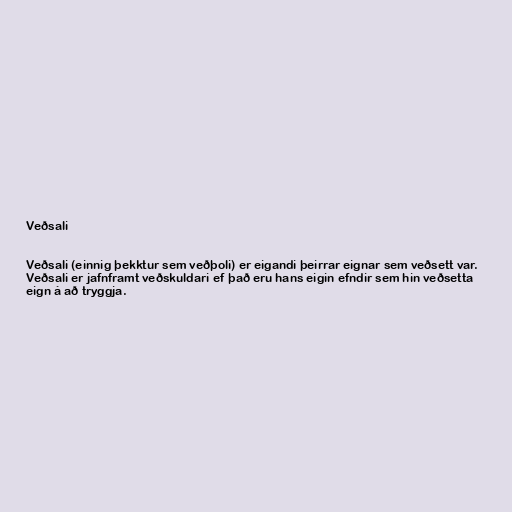
Veðsali

Veðsali (einnig þekktur sem veðþoli) er eigandi þeirrar eignar sem veðsett var.
Veðsali er jafnframt veðskuldari ef það eru hans eigin efndir sem hin veðsetta
eign á að tryggja.